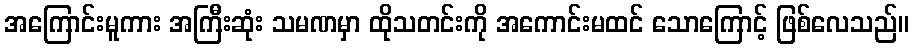
အကြောင်းမူကား အကြီးဆုံး သမဏမှာ ထိုသတင်းကို အကောင်းမထင် သောကြောင့် ဖြစ်လေသည်။